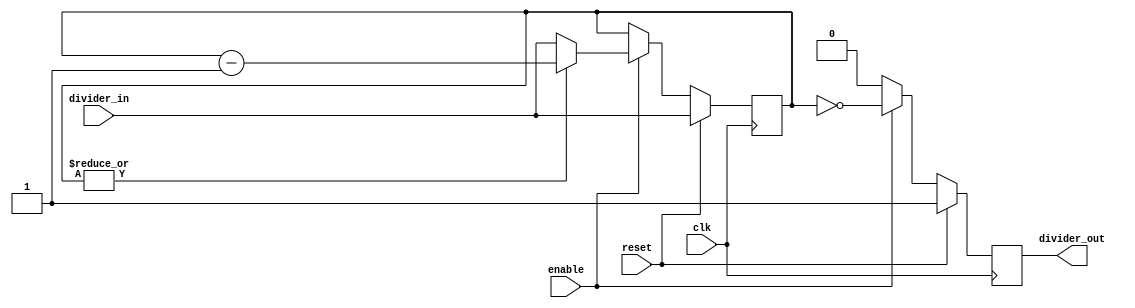
/**********************************************************************/
/*                                                                    */
/*             -------                                                */
/*            /   SOC  \                                              */
/*           /    GEN   \                                             */
/*          /     LIB    \                                            */
/*          ==============                                            */
/*          |            |                                            */
/*          |____________|                                            */
/*                                                                    */
/*  Generic model for a rate divider                                  */
/*                                                                    */
/*  Author(s):                                                        */
/*      - John Eaton, jt_eaton@opencores.org                          */
/*                                                                    */
/**********************************************************************/
/*                                                                    */
/*    Copyright (C) <2010>  <Ouabache Design Works>                   */
/*                                                                    */
/*  This source file may be used and distributed without              */
/*  restriction provided that this copyright statement is not         */
/*  removed from the file and that any derivative work contains       */
/*  the original copyright notice and the associated disclaimer.      */
/*                                                                    */
/*  This source file is free software; you can redistribute it        */
/*  and/or modify it under the terms of the GNU Lesser General        */
/*  Public License as published by the Free Software Foundation;      */
/*  either version 2.1 of the License, or (at your option) any        */
/*  later version.                                                    */
/*                                                                    */
/*  This source is distributed in the hope that it will be            */
/*  useful, but WITHOUT ANY WARRANTY; without even the implied        */
/*  warranty of MERCHANTABILITY or FITNESS FOR A PARTICULAR           */
/*  PURPOSE.  See the GNU Lesser General Public License for more      */
/*  details.                                                          */
/*                                                                    */
/*  You should have received a copy of the GNU Lesser General         */
/*  Public License along with this source; if not, download it        */
/*  from http://www.opencores.org/lgpl.shtml                          */
/*                                                                    */
/**********************************************************************/



module 
cde_divider
  
#(parameter   SIZE=4,
  parameter   SAMPLE=0,            
  parameter   RESET=1            
 )  
(
input  wire              clk,
input  wire              reset,
input  wire              enable,
input  wire [SIZE-1:0]   divider_in,
output  reg              divider_out
                         );

reg  [SIZE-1:0]        divide_cnt;

always@(posedge clk)
  if(reset)            divider_out    <= RESET;
  else
  if(!enable)          divider_out    <= 1'b0;  
  else                 divider_out    <=  ( divide_cnt == SAMPLE );       



always@(posedge clk)
  if(reset)            divide_cnt    <= divider_in;
  else
  if(!enable)          divide_cnt    <= divide_cnt;
  else
  if(!(|divide_cnt))   divide_cnt    <= divider_in;
  else                 divide_cnt    <= divide_cnt - 'b1;





   
endmodule